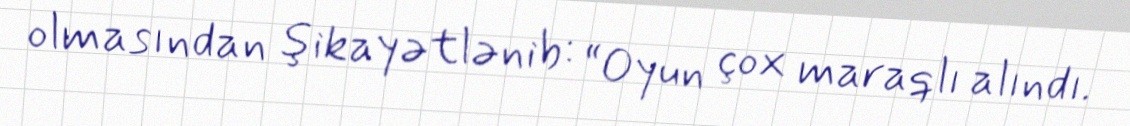
olmasından şikayətlənib: “Oyun çox maraqlı alındı.